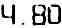
4.80